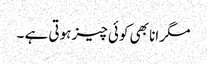
مگر انا بھی کوئی چیز ہوتی ہے ۔